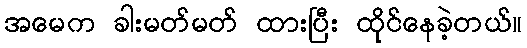
အမေက ခါးမတ်မတ် ထားပြီး ထိုင်နေခဲ့တယ်။